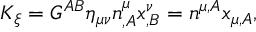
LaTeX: K _ { \xi } = G ^ { A B } \eta _ { \mu \nu } n _ { , A } ^ { \mu } x _ { , B } ^ { \nu } = n ^ { \mu , A } x _ { \mu , A } ,